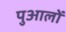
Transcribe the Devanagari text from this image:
पुआलों